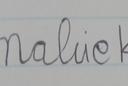
Signature authenticity: forged